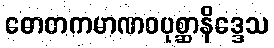
ဓောတကမာဏဝပုစ္ဆာနိဒ္ဒေသ